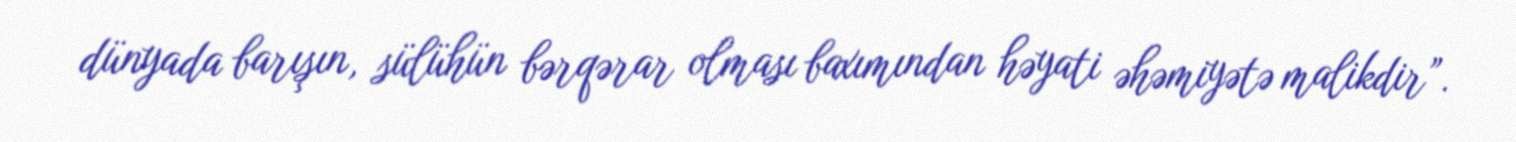
dünyada barışın, sülühün bərqərar olması baxımından həyati əhəmiyətə malikdir”.